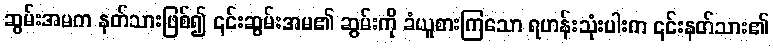
ဆွမ်းအမက နတ်သားဖြစ်၍ ၎င်းဆွမ်းအမ၏ ဆွမ်းကို ခံယူစားကြသော ရဟန်းသုံးပါးက ၎င်းနတ်သား၏